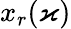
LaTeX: x_{r}(\varkappa)